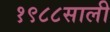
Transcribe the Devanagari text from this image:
१९८८साली